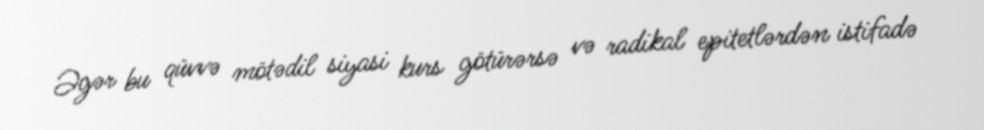
Əgər bu qüvvə mötədil siyasi kurs götürərsə və radikal epitetlərdən istifadə